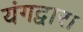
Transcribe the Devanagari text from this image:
यंगद्वारा